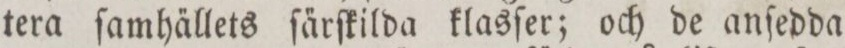
tera ſamha̋llets ſa̋rſkilda klasſer; och de anſedda